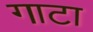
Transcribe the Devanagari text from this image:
गाटा